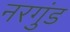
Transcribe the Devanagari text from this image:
नरगुंड